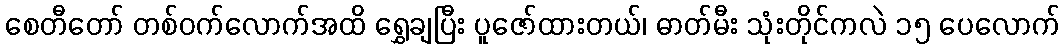
စေတီတော် တစ်ဝက်လောက်အထိ ရွှေချပြီး ပူဇော်ထားတယ်၊ ဓာတ်မီး သုံးတိုင်ကလဲ ၁၅ ပေလောက်